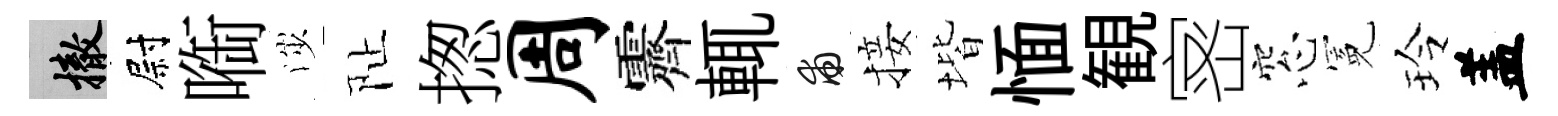
撤尉㗸渉阯揔周霽輒甫接堦愐観宻窓冕玲盖